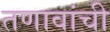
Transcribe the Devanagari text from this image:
तणावांची